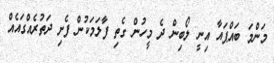
މަންމަ ބައްޕައާ އިނީ ލޯބިން ދެ މީހުން ގެތި ފާލަމަކުން ފެށި ދަތުރެއްގައެއް